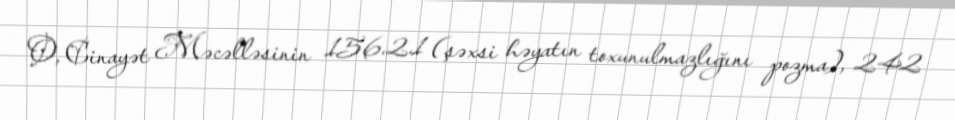
O, Cinayət Məcəlləsinin 156.2.1 (şəxsi həyatın toxunulmazlığını pozma), 242